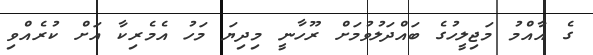
ގެ އާއްމު މަޖިލީހުގެ ބައްދަލުވުމަށް ރޫހާނީ މިދިޔަ މަހު އެމެރިކާ އަށް ކުރެއްވި